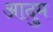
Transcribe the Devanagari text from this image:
आदुम